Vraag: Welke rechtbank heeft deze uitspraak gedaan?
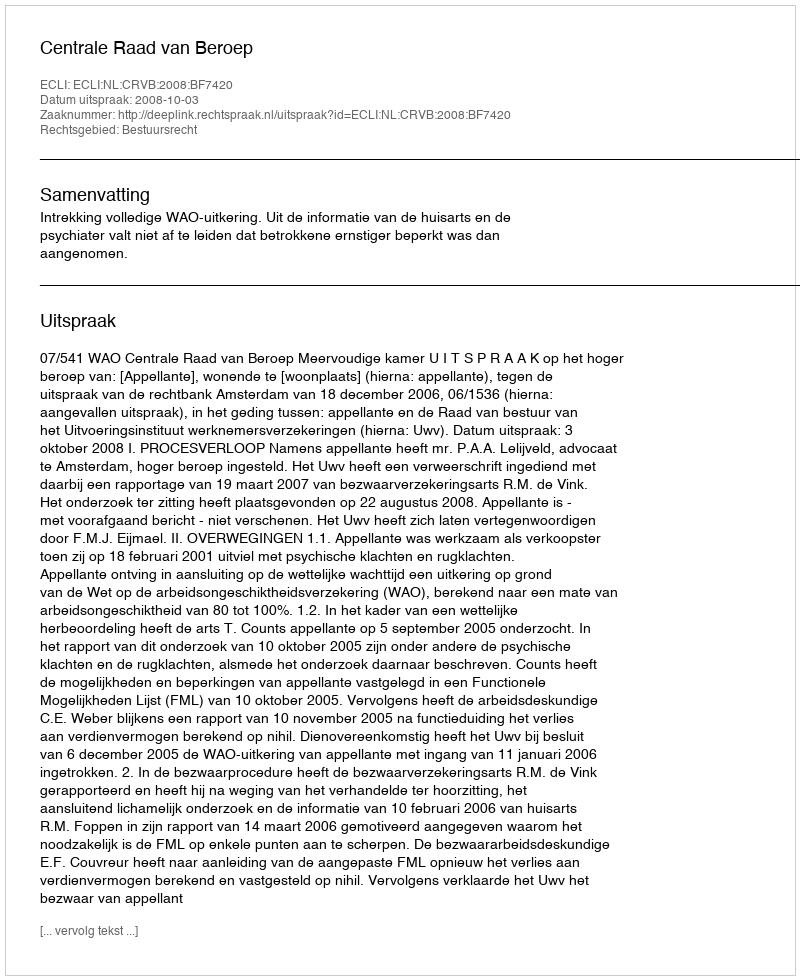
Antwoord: Centrale Raad van Beroep